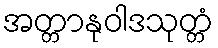
အတ္တာနုဝါဒသုတ္တံ